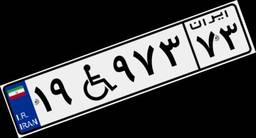
۰۰W۹۲۷۹۱